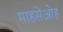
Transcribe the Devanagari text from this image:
माहसेओह